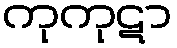
ကုကုဋာ